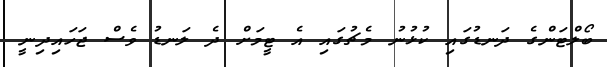
ބޯލްޓަންގެ ދަނޑުގައި ކުޅުނު މެޗުގައި އެ ޓީމަށް ދެ ލަނޑު ވެސް ޖަހައިދިނީ